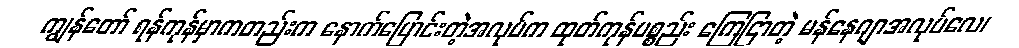
ကျွန်တော် ရန်ကုန်မှာကတည်းက နောက်ပြောင်းတဲ့အလုပ်က ထုတ်ကုန်ပစ္စည်း ကြေငြာတဲ့ မန်နေဂျာအလုပ်လေ၊